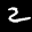
Label: 2